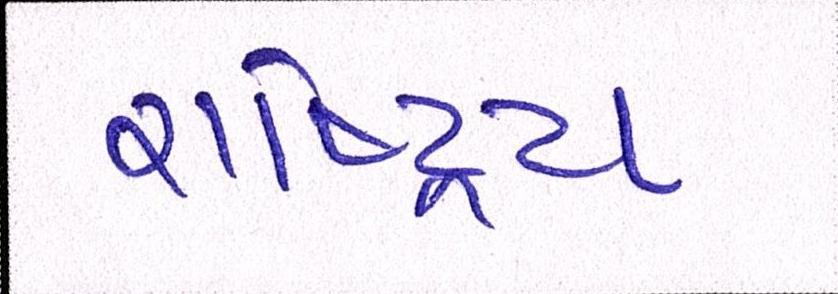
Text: રાષ્ટ્રિય